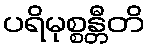
ပရိမုစ္စန္တီတိ